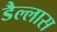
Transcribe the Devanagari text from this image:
डैल्लास